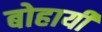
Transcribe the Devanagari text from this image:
बोहायी